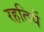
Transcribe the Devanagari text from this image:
रहतियें